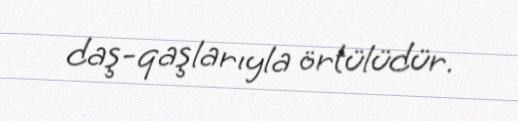
daş-qaşlarıyla örtülüdür.